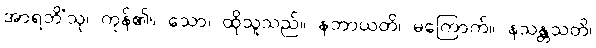
အာရဘိံသု၊ ကုန်၏။ သော၊ ထိုသူသည်။ နဘာယတိ၊ မကြောက်။ နသန္တသတိ၊